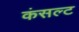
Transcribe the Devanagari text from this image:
कंसल्ट